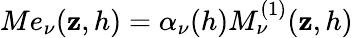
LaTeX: Me_{\nu}(\mathbf{z},h)=\alpha_{\nu}(h)M_{\nu}^{(1)}(\mathbf{z},h)